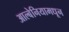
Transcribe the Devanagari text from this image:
आल्बेनियामधून